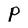
Character: P